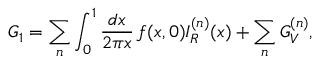
G _ { 1 } = \sum _ { n } \int _ { 0 } ^ { 1 } { \frac { d x } { 2 \pi x } } \, f ( x , 0 ) I _ { R } ^ { ( n ) } ( x ) + \sum _ { n } G _ { V } ^ { ( n ) } ,